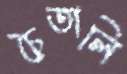
চৈতালি